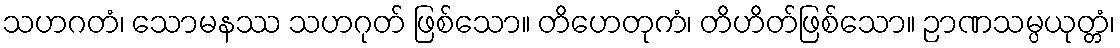
သဟဂတံ၊ သောမနဿ သဟဂုတ် ဖြစ်သော။ တိဟေတုကံ၊ တိဟိတ်ဖြစ်သော။ ဉာဏသမ္ပယုတ္တံ၊